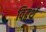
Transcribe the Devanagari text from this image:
विट्वर्थ